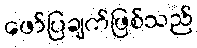
ဖော်ပြချက်ဖြစ်သည်